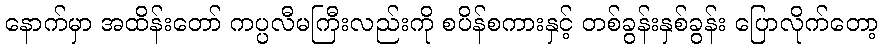
နောက်မှာ အထိန်းတော် ကပ္ပလီမကြီးလည်းကို စပိန်စကားနှင့် တစ်ခွန်းနှစ်ခွန်း ပြောလိုက်တော့